Report of the King Institute of Preventive Medicine, Guindy
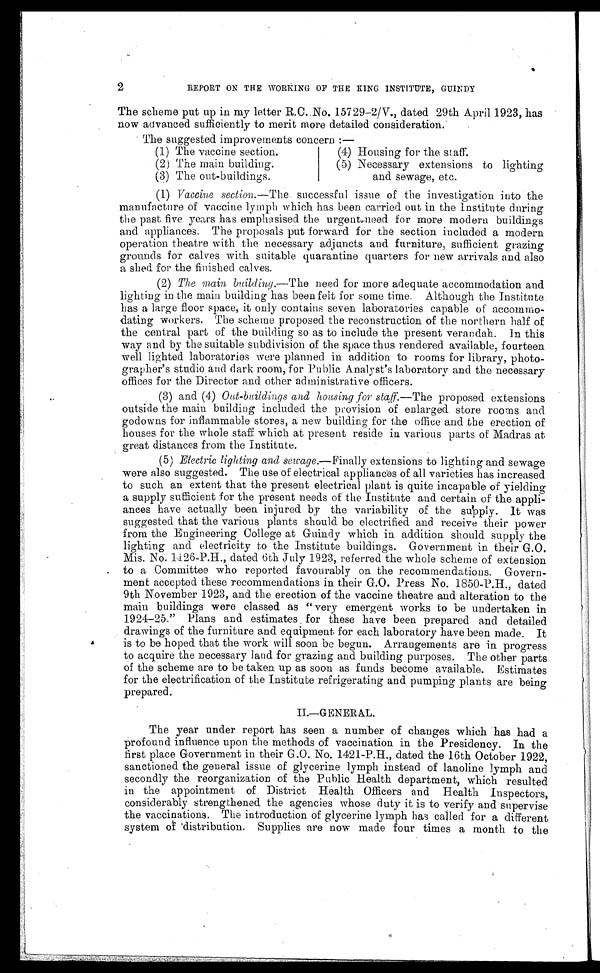
2
REPORT ON THE WORKING OF THE KING INSTITUTE, GUINDY
The scheme put up in my letter R.C. No. 157 29-2/V., dated 29th April 1923, has
now advanced sufficiently to merit more detailed consideration.
The suggested improvements concern :—
(1) The vaccine section.
(2) The main building.
(3) The out-buildings.
(4) Housing for the staff.
(5) Necessary extensions to lighting
and sewage, etc.
(1) Vaccine section. —The successful issue of the investigation into the
manufacture of vaccine lymph which has been carried out in the Institute during
the past five years has emphasised the urgent need for more modern buildings
and appliances. The proposals put forward for the section included a modern
operation theatre with the necessary adjuncts and furniture, sufficient grazing
grounds for calves with suitable quarantine quarters for new arrivals and also
a shed for the finished calves.
(2) The main building .—The need for more adequate accommodation and
lighting in the main building has been felt for some time. Although the Institute
has a large floor space, it only contains seven laboratories capable of accommo
-
dating workers. The scheme proposed the reconstruction of the northern half of
the central part of the building so as to include the present verandah. In this
way and by the suitable subdivision of the space thus rendered available, fourteen
Well lighted laboratories were planned in addition to rooms for library, photo
-
grapher's studio and dark room, for Public Analyst's laboratory and the necessary
offices for the Director and other administrative officers.
(3) and (4) Out-buildings and housing for staff. —The proposed extensions
outside the main building included the provision of enlarged store rooms and
godowns for inflammable stores, a new building for the office and the erection of
houses for the whole staff which at present reside in various parts of Madras at
great distances from the Institute.
(5) Electric lighting and sewage.—Finally extensions to lighting and sewage
were also suggested. The use of electrical appliances of all varieties has increased
to such an extent that the present electrical plant is quite incapable of yielding
a supply sufficient for the present needs of the Institute and certain of the appli
-
ances have actually been injured by the variability of the supply. It was
suggested that the various plants should be electrified and receive their power
from the Engineering College at Guindy which in addition should supply the
lighting and electricity to the Institute buildings. Government in their G.O.
Mis. No. 1426-P.H., dated 6th July 1923, referred the whole scheme of extension
to a Committee who reported favourably on the recommendations. Govern
-
ment accepted these recommendations in their G.O. Press No. 1850-P.H., dated
9th November 1923, and the erection of the vaccine theatre and alteration to the
main buildings were classed as " very emergent works to be undertaken in
1924-25." Plans and estimates for these have been prepared and detailed
drawings of the furniture and equipment for each laboratory have been made. It
is to be hoped that the work will soon be begun. Arrangements are in progress
to acquire the necessary land for grazing and building purposes. The other parts
of the scheme are to be taken up as soon as funds become available. Estimates
for the electrification of the Institute refrigerating and pumping plants are being
prepared.
II.—GENERAL.
The year under report has seen a number of changes which has had a
profound influence upon the methods of vaccination in the Presidency. In the
first place Government in their G.O. No. 1421-P.H., dated the 16th October 1922,
sanctioned the general issue of glycerine lymph instead of lanoline lymph and
secondly the reorganization of the Public Health department, which resulted
in the appointment of District Health Officers and Health Inspectors,
considerably strengthened the agencies whose duty it is to verify and supervise
the vaccinations. The introduction of glycerine lymph has called for a different
system of distribution. Supplies are now made four times a month to the